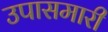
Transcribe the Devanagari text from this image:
उपासमारी